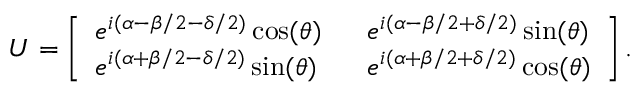
U = \left[ \begin{array} { l l } { e ^ { i ( \alpha - \beta / 2 - \delta / 2 ) } \cos ( \theta ) ~ ~ } & { e ^ { i ( \alpha - \beta / 2 + \delta / 2 ) } \sin ( \theta ) } \\ { e ^ { i ( \alpha + \beta / 2 - \delta / 2 ) } \sin ( \theta ) ~ ~ } & { e ^ { i ( \alpha + \beta / 2 + \delta / 2 ) } \cos ( \theta ) } \end{array} \right] .